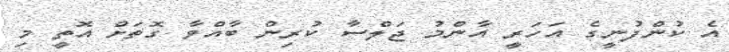
އެ ކުންފުނީގެ އަހަރީ އާންމު ޖަލްސާ ކުރިން ބާއްވާ ގޮތަށް އޮތީ މި